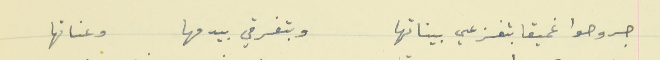
جروحوا غميقا بتفزعي بيناتها                                   وبتغرقي بيدمها وعناتها